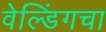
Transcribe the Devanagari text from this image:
वेल्डिंगचा